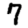
Digit: 7